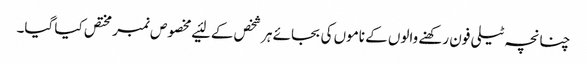
چنانچہ ٹیلی فون رکھنے والوں کے ناموں کی بجائے ہر شخص کے لئیے مخصوص نمبر مختص کیا گیا۔